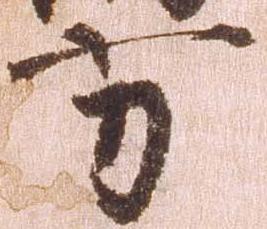
方